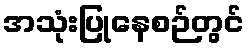
အသုံးပြုနေစဉ်တွင်